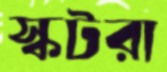
স্কটরা